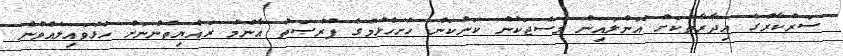
ސަރުކާރުގެ އިދާރާތަކަށް އޮންލައިން މެސެޖަކުން ކަންކަން ހުށަހެޅުމުގެ ފުރުޞަތު އާންމު ރައްޔިތުންނަށް ހުޅުވައިލެއްވުން